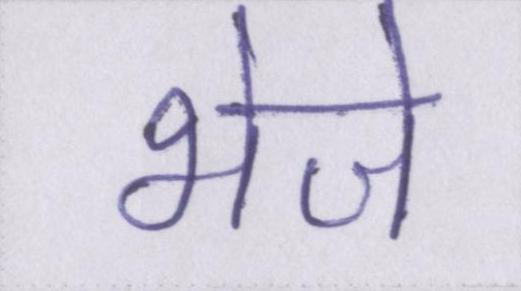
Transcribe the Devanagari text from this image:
भेजे